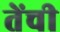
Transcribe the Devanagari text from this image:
तेंची